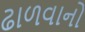
ઢાળવાનો